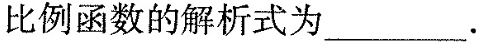
比例函数的解析式为___.